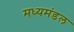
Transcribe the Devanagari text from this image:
मध्यमंडल